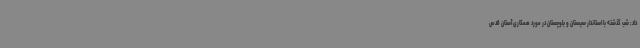
داد: شب گذشته با استاندار سیستان و بلوچستان در مورد همکاری آستان قدس